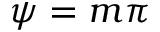
\psi = m \pi